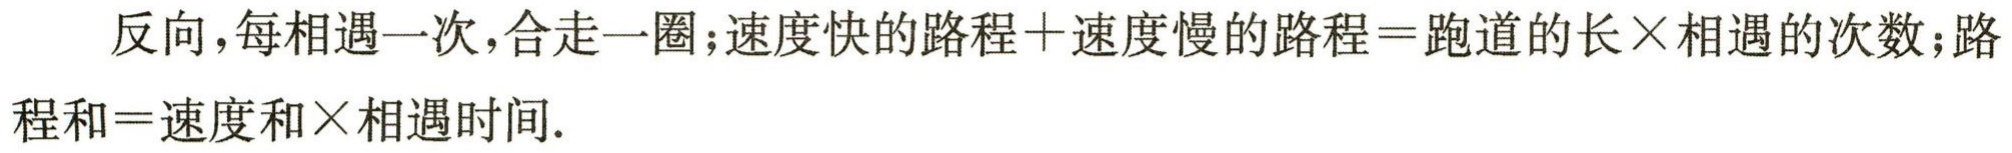
反向,每相遇一次,合走一圈;速度快的路程+速度慢的路程=跑道的长×相遇的次数;路程和=速度和×相遇时间.